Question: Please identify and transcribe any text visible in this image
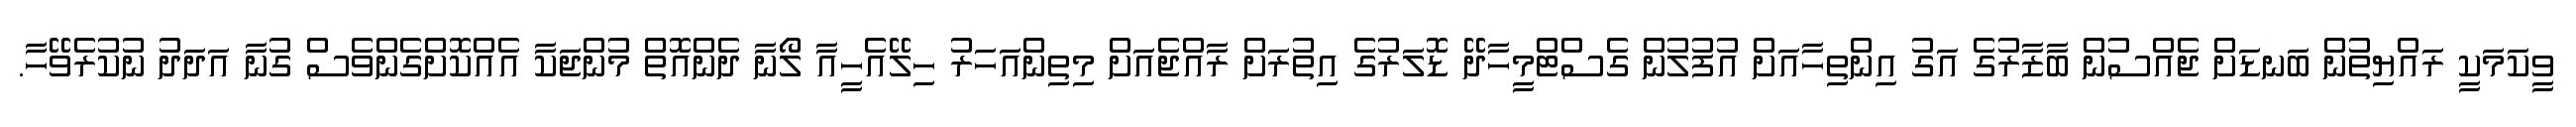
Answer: ވީކަމަކީ ރައްޔިތުން ބަނޑަށް ޖެއްސުން ބާޒާރުގެ އަގު އިންތިހާއަށް އުފުލުން ގެސްޓްމީހާދޭ ޑޮލަރުގެ އިތުރަށް ރާއްޖެއަށް މިތިންއަހަރު ހިލޭއެހީއާ ލޯނާ ދެންއޮތް މުންޖަކާ އެއްކޮށްގެންވެސް ގުނާ އަދަދު ނުކުރެވޭހާ.